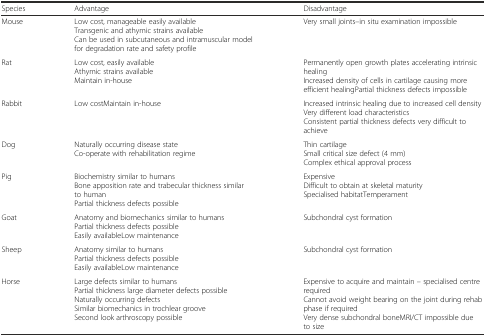
<table><thead><tr><td><b>Species</b></td><td><b>Advantage</b></td><td><b>Disadvantage</b></td></tr></thead><tbody><tr><td>Mouse</td><td>Low cost, manageable easily availableTransgenic and athymic strains availableCan be used in subcutaneous and intramuscular model for degradation rate and safety profile</td><td>Very small joints–in situ examination impossible</td></tr><tr><td>Rat</td><td>Low cost, easily availableAthymic strains availableMaintain in-house</td><td>Permanently open growth plates accelerating intrinsic healingIncreased density of cells in cartilage causing more efficient healingPartial thickness defects impossible</td></tr><tr><td>Rabbit</td><td>Low costMaintain in-house</td><td>Increased intrinsic healing due to increased cell densityVery different load characteristicsConsistent partial thickness defects very difficult to achieve</td></tr><tr><td>Dog</td><td>Naturally occurring disease stateCo-operate with rehabilitation regime</td><td>Thin cartilageSmall critical size defect (4 mm)Complex ethical approval process</td></tr><tr><td>Pig</td><td>Biochemistry similar to humansBone apposition rate and trabecular thickness similar to humanPartial thickness defects possible</td><td>ExpensiveDifficult to obtain at skeletal maturitySpecialised habitatTemperament</td></tr><tr><td>Goat</td><td>Anatomy and biomechanics similar to humansPartial thickness defects possibleEasily availableLow maintenance</td><td>Subchondral cyst formation</td></tr><tr><td>Sheep</td><td>Anatomy similar to humansPartial thickness defects possibleEasily availableLow maintenance</td><td>Subchondral cyst formation</td></tr><tr><td>Horse</td><td>Large defects similar to humansPartial thickness large diameter defects possibleNaturally occurring defectsSimilar biomechanics in trochlear grooveSecond look arthroscopy possible</td><td>Expensive to acquire and maintain – specialised centre requiredCannot avoid weight bearing on the joint during rehab phase if requiredVery dense subchondral boneMRI/CT impossible due to size</td></tr></tbody></table>